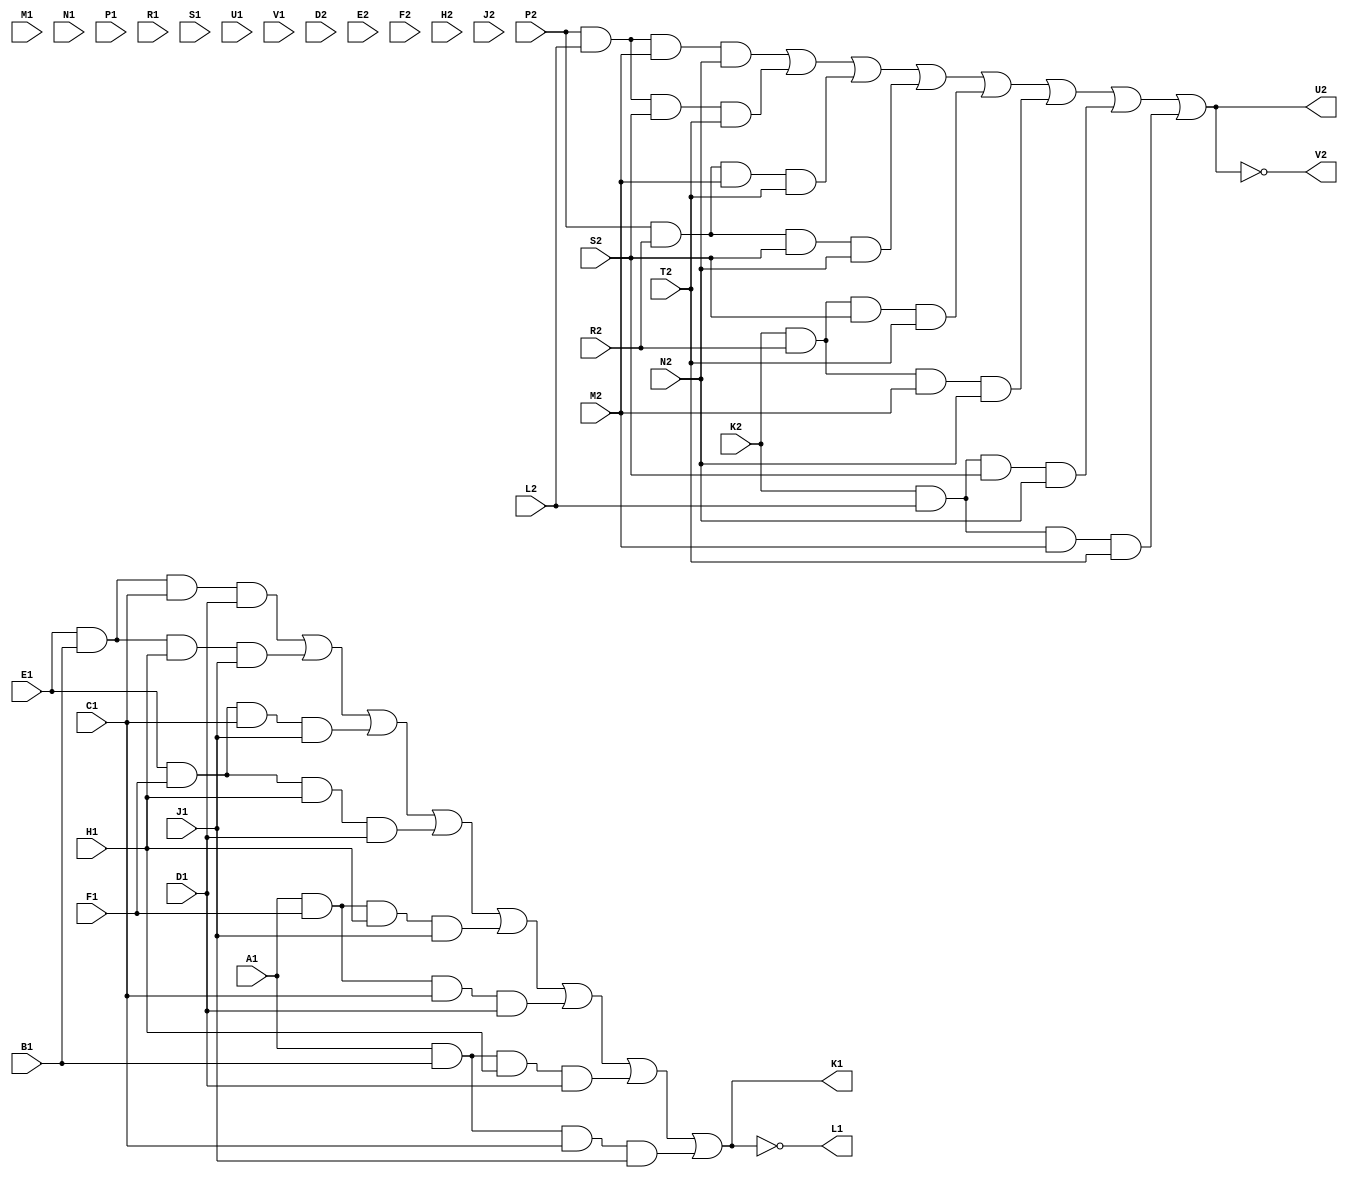
// M162 - Parity detector
// Kyle Owen - 13 February 2021
// Uses 7420 and 7430

/* verilator lint_off UNUSED */
module m162 (
	input A1,
	input B1,
	input C1,
	input D1,
	input E1,
	input F1,
	input H1,
	input J1,
	output K1,
	output L1,
	input M1,
	input N1,
	input P1,
	input R1,
	input S1,
	//inout T1,  // ground
	input U1,
	input V1,

	//inout A2,  // +5V
	//inout B2,  // -15V (not used)
	//inout C2,  // ground
	input D2,
	input E2,
	input F2,
	input H2,
	input J2,
	input K2,
	input L2,
	input M2,
	input N2,
	input P2,
	input R2,
	input S2,
	input T2,
	output U2,
	output V2
	);
/* lint_on */

wire par1, par2;

assign par1 = ((E1 & B1 & C1 & D1) |
               (E1 & B1 & H1 & J1) |
               (E1 & F1 & C1 & J1) |
               (E1 & F1 & H1 & D1) |
               (A1 & F1 & H1 & J1) |
               (A1 & F1 & C1 & D1) |
               (A1 & B1 & H1 & D1) |
               (A1 & B1 & C1 & J1));
assign K1 = par1;
assign L1 = !par1;

assign par2 = ((P2 & L2 & M2 & N2) |
               (P2 & L2 & S2 & T2) |
               (P2 & R2 & M2 & T2) |
               (P2 & R2 & S2 & N2) |
               (K2 & R2 & S2 & T2) |
               (K2 & R2 & M2 & N2) |
               (K2 & L2 & S2 & N2) |
               (K2 & L2 & M2 & T2));
assign U2 = par2;
assign V2 = !par2;

//assign A2 = 1'b1;
//assign B2 = 1'bz;
//assign C2 = 1'b0;
//assign T1 = 1'b0;

endmodule